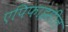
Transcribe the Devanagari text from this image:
एपिफाइसील